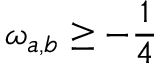
\omega _ { a , b } \geq - \frac { 1 } { 4 }